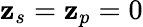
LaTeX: \mathbf{z}_{s}=\mathbf{z}_{p}=0